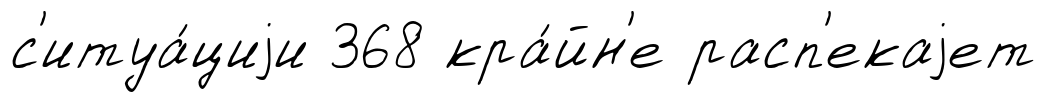
с'итуа́циjи 368 кра́йн'е расп'екаjет